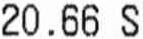
20.66 S